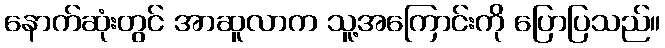
နောက်ဆုံးတွင် အာဆူလာက သူ့အကြောင်းကို ပြောပြသည်။